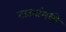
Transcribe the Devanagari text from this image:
टाउनांमध्ये